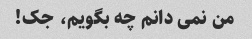
من نمی دانم چه بگویم، جک!